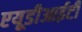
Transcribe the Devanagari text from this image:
एयूडीआईटी